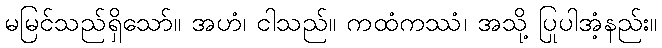
မမြင်သည်ရှိသော်။ အဟံ၊ ငါသည်။ ကထံကဿံ၊ အသို့ ပြုပါအံ့နည်း။